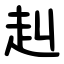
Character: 赳